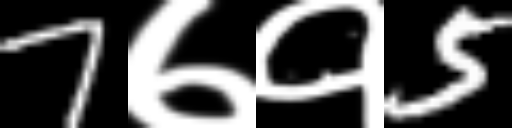
Text: 7७१5